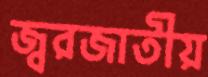
জ্বরজাতীয়